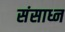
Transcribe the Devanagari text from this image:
संसाध्न